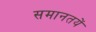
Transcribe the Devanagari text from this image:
समानतयें